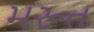
મરૂત